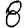
Digit: 8